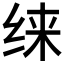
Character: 𱺜